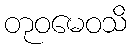
တုဝမေဝသိ